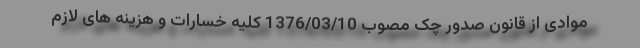
موادی از قانون صدور چک مصوب 1376/03/10 کلیه خسارات و هزینه های لازم